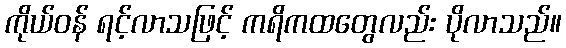
ကိုယ်ဝန် ရင့်လာသဖြင့် ကရိကထတွေလည်း ပိုလာသည်။